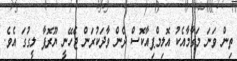
ތިން ވަަނަ މަގާމާއެކު އޮލިމްޕިއާކޮސް ދެން ވާދަކުރަން ޖެހޭނީ ޔޫރޮޕާ ލީގުގަ އެވެ.